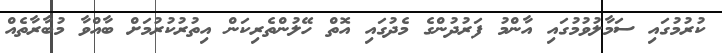
ކުރުމުގައި ސަމާލުވުމުގައި އާންމު ފަރުދުންގެ މެދުގައި އޮތް ހޭލުންތެރިކަން އިތުރުކުރުމަށް ބާއްވާ މުބާރާތެއް